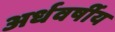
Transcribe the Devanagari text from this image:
अर्धवर्षीय